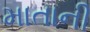
માતાની